Report on vaccination in Madras 1895-1903 - 1895-1903
Year: 1895
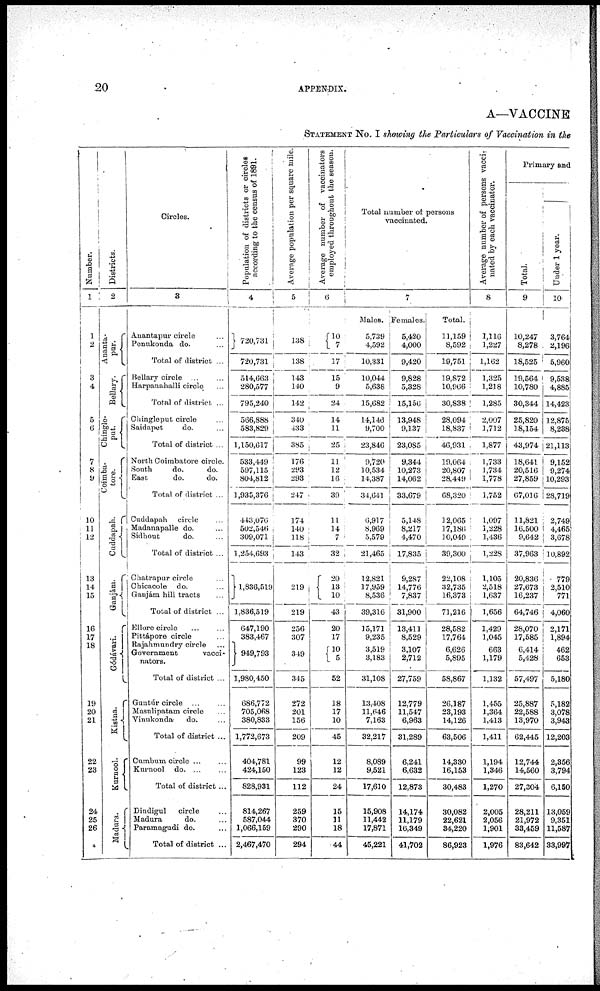
20
APPENDIX.
A—VACCINE
STATEMENT No. I showing the Particulars of Vaccination in the
Number.
1
1
2
3
4
5
6
7
8
9
10
11
12
13
14
15
16
17
18
19
20
21
22
23
24
25
26
Districts.
2
Ananta-
pur.
Bellary.
Chingle-
put.
Coimba-
tore.
Cuddapah.
Ganjám.
Gódávari.
Kistna.
Kurnool.
Madura.
Circles.
3
Anantapur circle...
Penukonda do. ...
Total of district ..
Bellary circle... ...
Harpanahalli circle...
Total of district ...
Chingleput circle...
Saidapet
do. ...
Total of district ...
North Coimbatore circle.
South
do.
do.
East
do.
do.
Total of district ...
Cuddapah circle...
Madanapalle do. ...
Sidhout
do. ...
Total of district ...
Chatrapur circle...
Chicacole do. ..
Ganjám hill tracts
. .
Total of district ...
Ellore circle... ...
Pittápore circle...
Rajahmundry circle...
Government
vacci-
nators.
Total of district ..
Guntúr circle... ...
Masulipatam circle...
Vinukonda- do. ...
Total of district ...
Cumbum circle ... ...
Kurnool do. ... ...
Total of district...
Dindigul circle...
Madura
do. ...
Paramagudi do. ...
Total of district ...
Population of districts or circles
according to the census of 1891.
4
720,731
720,731
514,663
280,577
795,240
566,888
583,829
1,150,617
533,449
597,115
804,812
1,935,376
443,076
502,546
309,071
1,254,693
1,836,519
1,836,519
647,190
383,467
949,793
1,980,450
686,772
705,068
380,833
1,772,673
404,781
424,150
828,931
814,267
587,044
1,066,159
2,467,470
Average population per square mile.
5
Average number of vaccinators
employed throughout the season.
6
138
138
143
140
142
340
433
385
176
293
293
247
174
140
118
143
219
219
256
307
349
345
272
201
156
209
99
123
112
259
370
290
294
10
17
15
9
24
14
11
25
11
12
16
39
11
14
7
32
20
13
10
43
20
17
52
18
17
10
45
12
12
24
15
11
18
44
Total number of persons
vaccinated.
Males.
5,739
4,592
10,331
10,044
5,638
15,682
14,146
9,700
23,846
9,720
10,534
14,387
34,641
6,917
8,969
5,579
21,465
12,821
17,959
8,536
39,316
15,171
9,235
3,519
3,183
31,108
13,408
11,646
7,163
32,217
8,089
9,521
17,610
15,908
11,442
17,871
45,221
7
Females.
5,420
4,000
9,420
9,828
5,328
15,156
13,948
9,137
23,085
9,344
10,273
14,062
33,679
5,148
8,217
4,470
17,835
9,287
14,776
7,837
31,900
13,411
8,529
3,107
2,712
27,759
12,779
11,547
6,963
31,289
6,241
6,632
12,873
14,174
11,179
16,349
41,702
Total.
11,159
8,592
19,751
19,872
10,966
30,838
28,094
18,837
46,931
19,064
20,807
28,449
68,320
12,065
17,186
10,049
39,300
22,108
32,735
16,373
71,216
28,582
17,764
6,626
5,895
58,867
26,187
23,193
14,126
63,506
14,330
16,153
30,483
30,082
22,621
84,220
86,923
Average number of persons vacci-
nated by each vaccinator.
8
1,116
1,227
1,162
1,325
1,218
1,285
2,007
1,712
1,877
1,733
1,734
1,778
1,752
1,097
1,228
1,436
1,228
1,105
2,518
1,637
1,656
1,429
1,045
663
1,179
1,132
1,455
1,364
1,413
1,411
1,194
1,346
1,270
2,005
2,056
1,901
1,976
Primary and
Total.
9
10,247
8,278
18,525
19,564
10,780
30,344
25,820
18,154
43,974
18,641
20,516
27,859
67,016
11,821
16,500
9,642
37,963
20,836
27,673
16,237
64,746
28,070
17,585
6,414
5,428
57,497
25,887
22,588
13,970
62,445
12,744
14,560
27,304
28,211
21,972
33,459
83,642
Uuder 1 year.
10
3,764
2,196
5,960
9,538
4,885
14,423
12,875
8,288
21,113
9,152
9,274
10,293
28,719
2,749
4,465
3,678
10,892
779
2,510
771
4,060
2,171
1,894
462
653
5,180
5,182
3,078
3,943
12,203
2,356
3,794
6,150
13,059
9,351
11,587
33,997